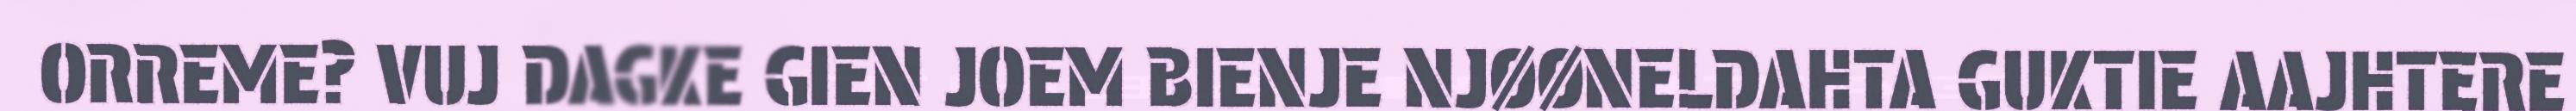
ORREME? VUJ DAGKE GIEN JOEM BIENJE NJØØNELDAHTA GUKTIE AAJHTERE